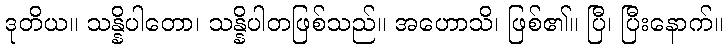
ဒုတိယ။ သန္နိပါတော၊ သန္နိပါတဖြစ်သည်။ အဟောသိ၊ ဖြစ်၏။ ပြီ၊ ပြီးနောက်။